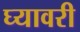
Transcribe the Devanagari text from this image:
घ्यावरी